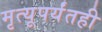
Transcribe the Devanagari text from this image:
मृत्यूपर्यंतही